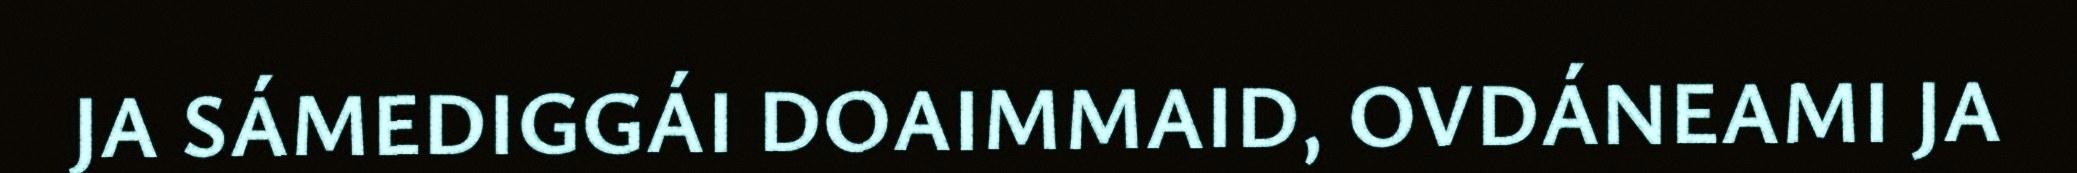
JA SÁMEDIGGÁI DOAIMMAID, OVDÁNEAMI JA